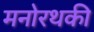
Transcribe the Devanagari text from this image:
मनोरथकी